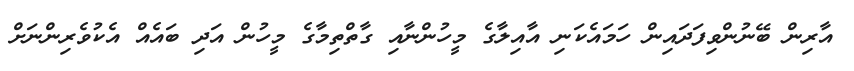
އާރިން ބޭނުންވިފަދައިން ހަމައެކަނި އާއިލާގެ މީހުންނާއި ގާތްތިމާގެ މީހުން އަދި ބައެއް އެކުވެރިންނަށް